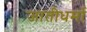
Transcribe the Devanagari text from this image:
जातीधर्मा